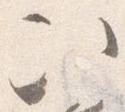
次